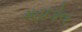
મહાડોલ